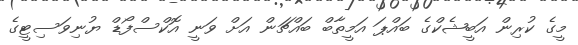
މީގެ ކުރިން އަބީޝެކްގެ ބައްޕަ އަމީތާބް ބައްޗަން އަށް ވަނީ އޮކްސްފޯޑް ޔުނިވަސިޓީގެ